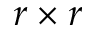
r \times r